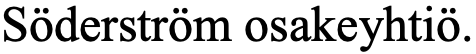
Söderström osakeyhtiö.